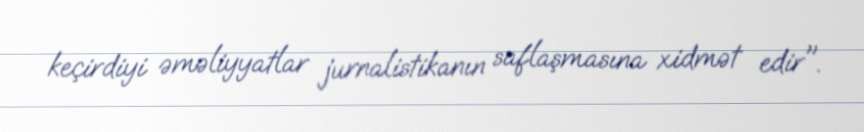
keçirdiyi əməliyyatlar jurnalistikanın saflaşmasına xidmət edir".